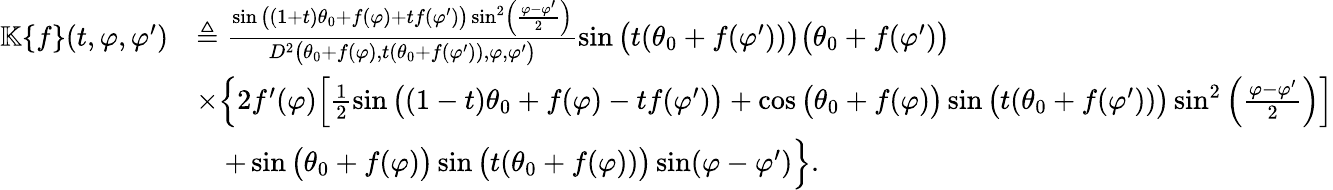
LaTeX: \begin{array}{rl}{\mathbb{K}\{ f\} (t,\varphi,\varphi^{\prime})}&{\triangleq\frac{\sin\big((1+t)\theta_{0}+f(\varphi)+tf(\varphi^{\prime})\big)\sin^{2}\left(\frac{\varphi-\varphi^{\prime}}{2}\right)}{D^{2}\big(\theta_{0}+f(\varphi),t(\theta_{0}+f(\varphi^{\prime})),\varphi,\varphi^{\prime}\big)}\sin\big(t(\theta_{0}+f(\varphi^{\prime}))\big)\big(\theta_{0}+f(\varphi^{\prime})\big)}\\ &{\times\Big\{ 2f^{\prime}(\varphi)\Big[\frac{1}{2}\sin\big((1-t)\theta_{0}+f(\varphi)-tf(\varphi^{\prime})\big)+\cos\big(\theta_{0}+f(\varphi)\big)\sin\big(t(\theta_{0}+f(\varphi^{\prime}))\big)\sin^{2}\left(\frac{\varphi-\varphi^{\prime}}{2}\right)\Big]}\\ &{\quad+\sin\big(\theta_{0}+f(\varphi)\big)\sin\big(t(\theta_{0}+f(\varphi))\big)\sin(\varphi-\varphi^{\prime})\Big\} .}\end{array}